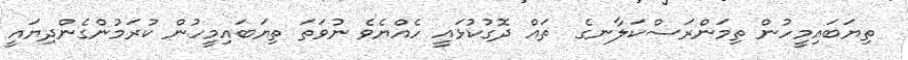
ތިޔަބައިމީހުން ތިމަންރަސްކަލާނގެ  ތައް ދޮގުކުޅައީ ހެއްޔެވެ ނުވަތަ ތިޔަބައިމީހުން ކުރަމުންގެންދިޔައީ